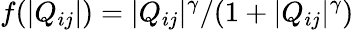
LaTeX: f(|Q_{ij}|)=|Q_{ij}|^{\gamma}/(1+|Q_{ij}|^{\gamma})